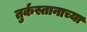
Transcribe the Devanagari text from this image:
तुर्कस्तानाच्या